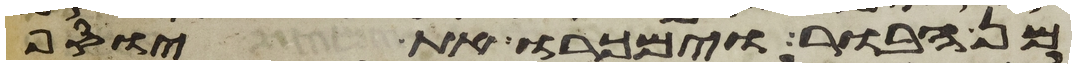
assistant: מן הבור וימכרו את יוסף